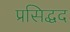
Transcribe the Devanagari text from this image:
प्रसिद्धद